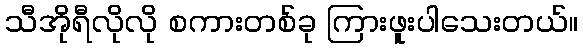
သီအိုရီလိုလို စကားတစ်ခု ကြားဖူးပါသေးတယ်။